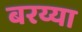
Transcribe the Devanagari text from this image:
बरय्या